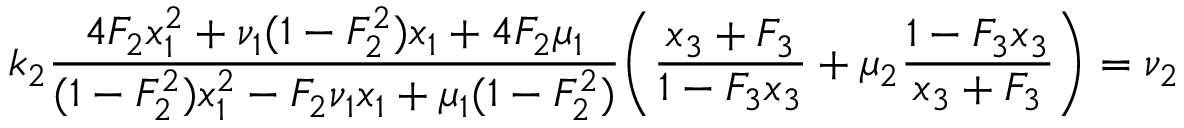
k _ { 2 } \frac { 4 F _ { 2 } x _ { 1 } ^ { 2 } + \nu _ { 1 } ( 1 - F _ { 2 } ^ { 2 } ) x _ { 1 } + 4 F _ { 2 } \mu _ { 1 } } { ( 1 - F _ { 2 } ^ { 2 } ) x _ { 1 } ^ { 2 } - F _ { 2 } \nu _ { 1 } x _ { 1 } + \mu _ { 1 } ( 1 - F _ { 2 } ^ { 2 } ) } \Bigg ( \frac { x _ { 3 } + F _ { 3 } } { 1 - F _ { 3 } x _ { 3 } } + \mu _ { 2 } \frac { 1 - F _ { 3 } x _ { 3 } } { x _ { 3 } + F _ { 3 } } \Bigg ) = \nu _ { 2 }